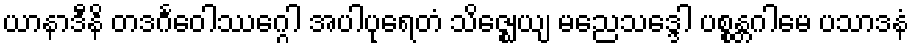
ယာနာဒီနိ တဒင်္ဂဝေါဿဂ္ဂေါ အပါပုရေတံ သိဇ္ဈေယျ မညေသဒ္ဒေါ ပစ္စန္တဂါမေ ပသာဒနံ